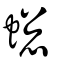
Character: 䗓